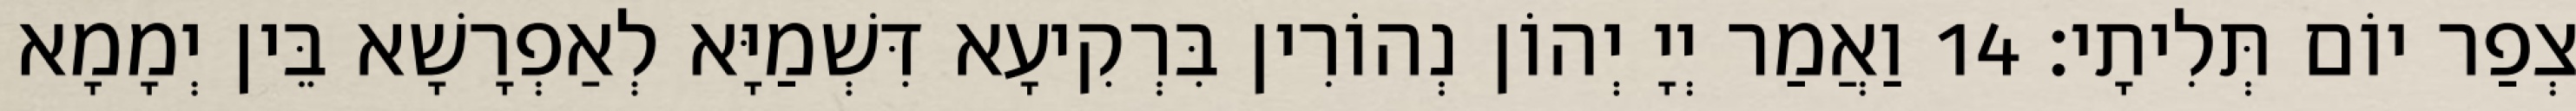
צְפַר יוֹם תְּלִיתָי׃ 14 וַאֲמַר יְיָ יְהוֹן נְהוֹרִין בִּרְקִיעָא דִּשְׁמַיָּא לְאַפְרָשָׁא בֵּין יְמָמָא